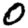
Digit: 0